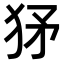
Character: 𤝩